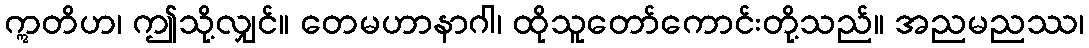
ဣတိဟ၊ ဤသို့လျှင်။ တေမဟာနာဂါ၊ ထိုသူတော်ကောင်းတို့သည်။ အညမညဿ၊